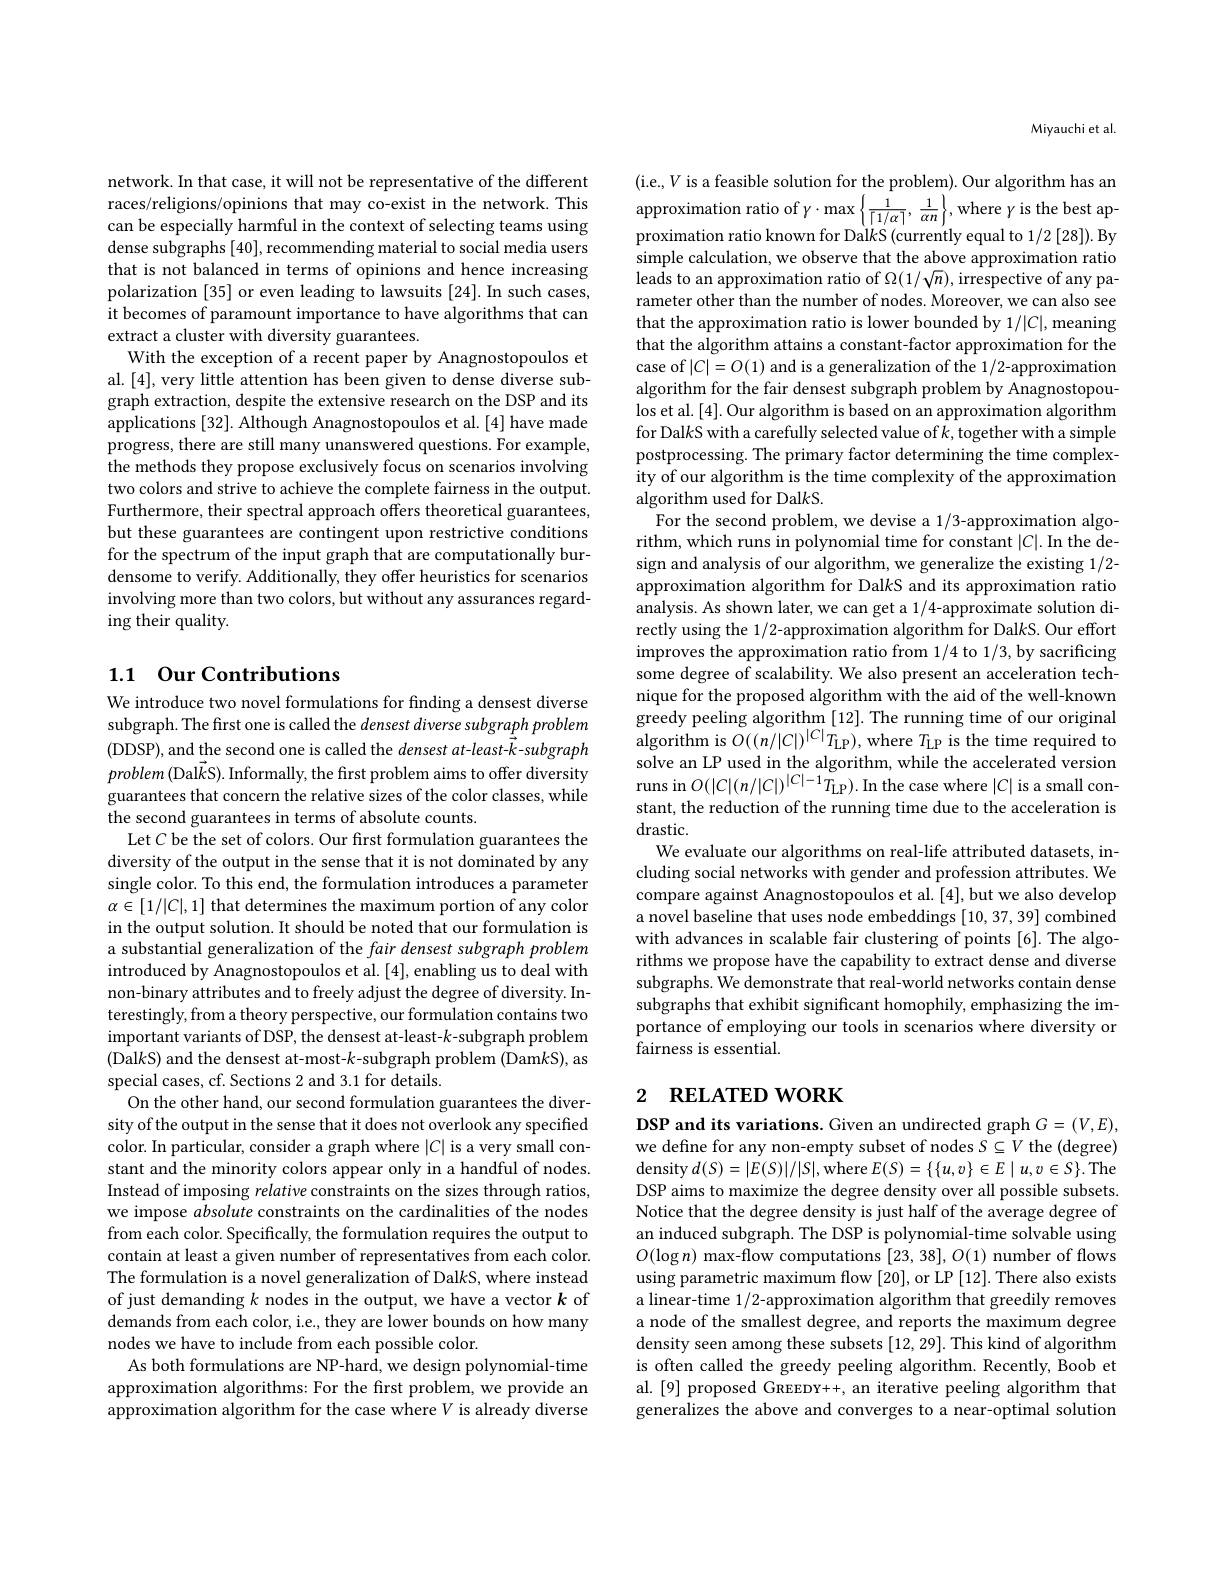
network. In that case, it will not be representative of the different races/religions/opinions that may co-exist in the network. This can be especially harmful in the context of selecting teams using dense subgraphs [40], recommending material to social media users that is not balanced in terms of opinions and hence increasing polarization [35] or even leading to lawsuits [24]. In such cases, it becomes of paramount importance to have algorithms that can extract a cluster with diversity guarantees.
With the exception of a recent paper by Anagnostopoulos et al. [4],very little attention has been given to dense diverse subgraph extraction, despite the extensive research on the DSP and its applications [32]. Although Anagnostopoulos et al. [4] have made progress, there are still many unanswered questions. For example, the methods they propose exclusively focus on scenarios involving two colors and strive to achieve the complete fairness in the output. Furthermore, their spectral approach offers theoretical guarantees, but these guarantees are contingent upon restrictive conditions for the spectrum of the input graph that are computationally burdensome to verify. Additionally, they offer heuristics for scenarios involving more than two colors, but without any assurances regarding their quality.

## 1.1 Our Contributions

We introduce two novel formulations for finding a densest diverse subgraph. The first one is called the densest diverse subgraph problem (DDSP), and the second one is called the densest at-least-k-subgraph $problem(\vec{\text{Dal}k}$S). Informally, the first problem aims to offer diversity guarantees that concern the relative sizes of the color classes, while the second guarantees in terms of absolute counts.
Let $C$ be the set of colors. Our first formulation guarantees the diversity of the output in the sense that it is not dominated by any single color. To this end, the formulation introduces a parameter $\alpha\in[1/|C|,1]$ that determines the maximum portion of any color in the output solution. It should be noted that our formulation is a substantial generalization of the fair densest subgraph problem introduced by Anagnostopoulos et al. [4], enabling us to deal with non-binary attributes and to freely adjust the degree of diversity. Interestingly, from a theory perspective, our formulation contains two important variants of DSP, the densest at-least-k-subgraph problem (Dal$k$S) and the densest at-most-$k$-subgraph problem (Dam$k$S), as special cases, cf. Sections 2 and 3.1 for details.
On the other hand, our second formulation guarantees the diversity of the output in the sense that it does not overlook any specified color. In particular, consider a graph where $|C|$ is a very small constant and the minority colors appear only in a handful of nodes. Instead of imposing relative constraints on the sizes through ratios, we impose absolute constraints on the cardinalities of the nodes from each color. Specifically, the formulation requires the output to contain at least a given number of representatives from each color. The formulation is a novel generalization of Dal$k$S, where instead of just demanding $k$ nodes in the output, we have a vector $k$ of demands from each color, i.e., they are lower bounds on how many nodes we have to include from each possible color.
As both formulations are NP-hard, we design polynomial-time approximation algorithms: For the first problem, we provide an approximation algorithm for the case where $V$ is already diverse

Miyauchi et al.

(i.e.,$V$ is a feasible solution for the problem). Our algorithm has an approximation ratio of $\gamma\cdot\max\left\{\frac1{\lceil1/\alpha\rceil},\frac1{\alpha n}\right\}$,where $\gamma$ is the best ap proximation ratio known for Dal$k$S (currently equal to 1/2 [28]). By simple calculation, we observe that the above approximation ratio leads to an approximation ratio of $\Omega(1/\sqrt{n})$,irrespective of any parameter other than the number of nodes. Moreover, we can also see that the approximation ratio is lower bounded by 1/|C|, meaning that the algorithm attains a constant-factor approximation for the case of $|C|=O(1)$ and is a generalization of the 1/2-approximation algorithm for the fair densest subgraph problem by Anagnostopoulos et al. [4]. Our algorithm is based on an approximation algorithm for Dal$k$S with a carefully selected value of $k$,together with a simple postprocessing. The primary factor determining the time complexity of our algorithm is the time complexity of the approximation algorithm used for Dal$k$S.
For the second problem, we devise a 1/3-approximation algorithm, which runs in polynomial time for constant $|C|.$ In the design and analysis of our algorithm, we generalize the existing 1/2- approximation algorithm for DalkS and its approximation ratio analysis. As shown later, we can get a 1/4-approximate solution directly using the 1/2-approximation algorithm for DalkS. Our effort improves the approximation ratio from 1/4 to 1/3, by sacrificing some degree of scalability. We also present an acceleration technique for the proposed algorithm with the aid of the well-known greedy peeling algorithm [12]. The running time of our original algorithm is $O((n/|C|)^{|C|}T_{\mathrm{LP}})$, where $T_\mathrm{LP}$ is the time required to solve an LP used in the algorithm, while the accelerated version runs in $O(|C|(n/|C|)^{|C|-1}T_{\mathrm{LP}}).$ In the case where $|C|$ is a small constant, the reduction of the running time due to the acceleration is drastic.
We evaluate our algorithms on real-life attributed datasets, including social networks with gender and profession attributes. We compare against Anagnostopoulos et al. [4], but we also develop a novel baseline that uses node embeddings [10,37,39] combined with advances in scalable fair clustering of points [6]. The algorithms we propose have the capability to extract dense and diverse subgraphs. We demonstrate that real-world networks contain dense subgraphs that exhibit significant homophily, emphasizing the importance of employing our tools in scenarios where diversity or fairness is essential.

# 2 RELATED WORK

DSP and its variations. Given an undirected graph $G=(V,E)$, we define for any non-empty subset of nodes $S\subseteq V$ the (degree) density $d(S)=|E(S)|/|S|$, where $E(S)=\{\{u,v\}\in E\mid u,v\in S\}.$The DSP aims to maximize the degree density over all possible subsets. Notice that the degree density is just half of the average degree of an induced subgraph. The DSP is polynomial-time solvable using $O(\log n)$ max-flow computations [23, 38], O(1) number of flows using parametric maximum flow[20], or LP[12]. There also exists a linear-time 1/2-approximation algorithm that greedily removes a node of the smallest degree, and reports the maximum degree density seen among these subsets [12,29]. This kind of algorithm is often called the greedy peeling algorithm. Recently, Boob et al.[9] proposed GREEDY++, an iterative peeling algorithm that generalizes the above and converges to a near-optimal solution